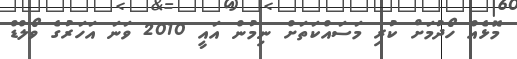
މޮޅެއް ހޯދުމަށް ކުރި މަސައްކަތަށް ނިމުން އައީ 2010 ވަނަ އަހަރުގެ ވޯލްޑް